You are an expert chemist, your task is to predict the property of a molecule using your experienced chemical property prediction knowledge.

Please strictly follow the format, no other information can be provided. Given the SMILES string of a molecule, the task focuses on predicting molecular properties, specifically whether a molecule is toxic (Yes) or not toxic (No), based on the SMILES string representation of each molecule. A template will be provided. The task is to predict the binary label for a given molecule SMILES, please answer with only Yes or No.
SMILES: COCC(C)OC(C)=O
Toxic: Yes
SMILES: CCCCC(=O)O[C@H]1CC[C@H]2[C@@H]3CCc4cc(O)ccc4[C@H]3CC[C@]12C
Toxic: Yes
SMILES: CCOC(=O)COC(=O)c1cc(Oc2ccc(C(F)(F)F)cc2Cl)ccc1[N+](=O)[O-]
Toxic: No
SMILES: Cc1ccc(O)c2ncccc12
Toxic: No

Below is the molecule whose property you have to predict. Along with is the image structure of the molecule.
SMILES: N=C(N)NC(=N)N1CCOCC1
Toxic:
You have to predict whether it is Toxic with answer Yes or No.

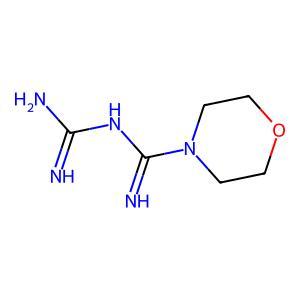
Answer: No